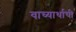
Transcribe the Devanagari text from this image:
वाच्यार्थाची